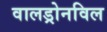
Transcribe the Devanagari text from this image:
वालड्रोनविल